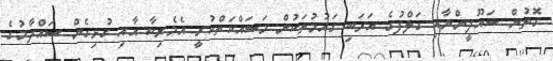
ގޮތުން ސައޫދީންނާއި ގަލްފުގެ އަރަބި ގައުމުތަކުން މަސައްކަތްކުރީ އެމެރިކާ އާއި ގުޅިގެން ސައްދާމުގެ